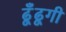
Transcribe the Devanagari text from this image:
ढूँढूगी